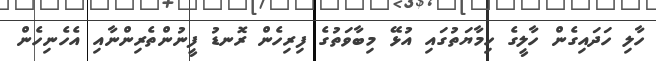
ހާލި ހަދައިގެން ހާލީގެ ހިމާޔަތުގައި އުޅޭ މިބާވަތުގެ ފިރިހެން ރޮނޑު ފީނުންތެރިންނާއި އެހެނިހެން